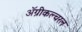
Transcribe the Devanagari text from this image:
ॲग्रीकल्चरल